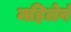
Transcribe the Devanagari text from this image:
महिलेनं